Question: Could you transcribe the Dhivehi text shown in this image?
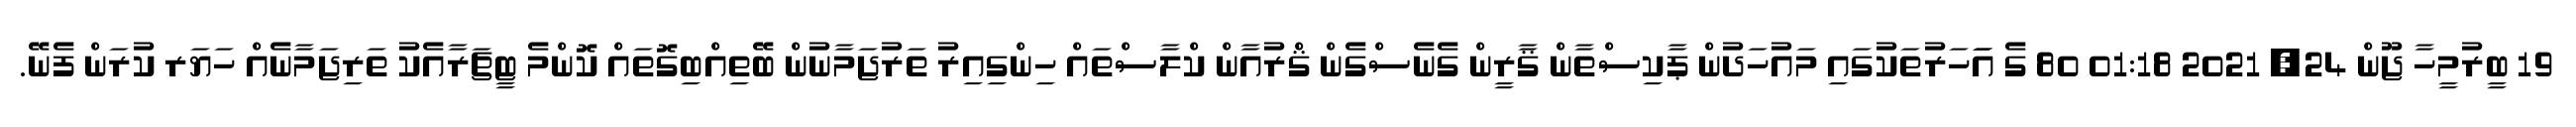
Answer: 19 ބީރުމީހާ ޖޫން 24, 2021 01:18 80 ގެ އަަހަރުތަކުގައި މައުހަދުން ޕާކިސްތާން ޤާރީން ގެނެސްގެން ޤްރުއާން ކްލާސްތައް ހިންގިއިރު ތަރުޖަމާނުން ބޭތިއްބިގޮތައް ކޮންމެ ޓީޗަރާއެކު ތަރިޖަމާނެއް ހަޔަރ ކުރަން ފެނޭ.